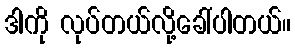
ဒါကို လုပ်တယ်လို့ခေါ်ပါတယ်။